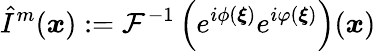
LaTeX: \hat{I}^{m}(\boldsymbol{x}):=\mathcal{F}^{-1}\left(e^{i\phi(\boldsymbol{\xi})}e^{i\varphi(\boldsymbol{\xi})}\right)(\boldsymbol{x})